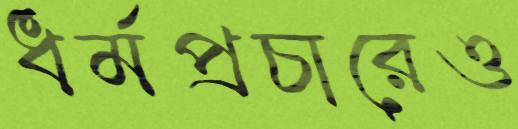
ধর্মপ্রচারেও